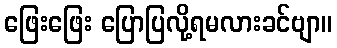
ဖြေးဖြေး ပြောပြလို့ရမလားခင်ဗျာ။